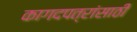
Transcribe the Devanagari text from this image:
कागदपत्रांसाठी